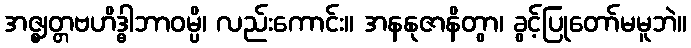
အဇ္ဈတ္တဗဟိဒ္ဓါဘာဝမ္ပိ၊ လည်းကောင်း။ အနနုဇာနိတွာ၊ ခွင့်ပြုတော်မမူဘဲ။